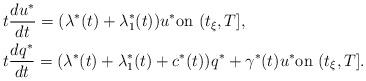
LaTeX: \begin{align*} &t \frac{du^*}{dt}= (\lambda^*(t)+\lambda_1^*(t))u^* \mbox{on $(t_{\xi},T]$}, \\ &t \frac{dq^*}{dt}= (\lambda^*(t)+\lambda_1^*(t)+c^*(t))q^* + \gamma^*(t)u^* \mbox{on $(t_{\xi},T]$}. \end{align*}